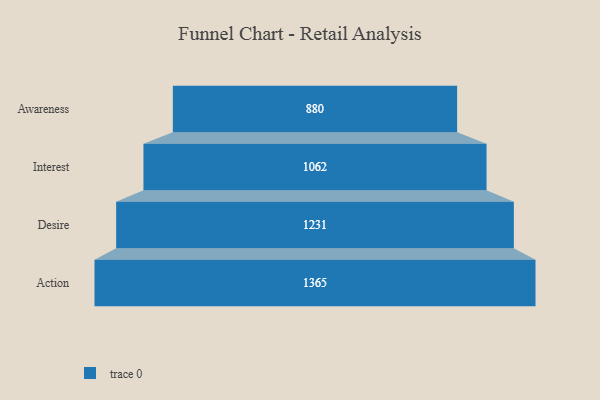
{"axis": {"x": "Stage", "y": "Value"}, "legend": [""], "data": [{"x": "Awareness", "y": 880.0, "type": ""}, {"x": "Interest", "y": 1062.0, "type": ""}, {"x": "Desire", "y": 1231.0, "type": ""}, {"x": "Action", "y": 1365.0, "type": ""}]}